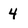
Character: 4